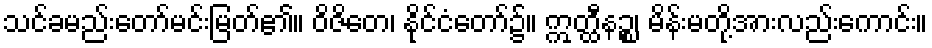
သင်ခမည်းတော်မင်းမြတ်၏။ ဝိဇိတေ၊ နိုင်ငံတော်၌။ ဣတ္ထီနဉ္စ၊ မိန်းမတို့အားလည်းကောင်း။